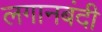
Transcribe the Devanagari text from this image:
लगानबंदी